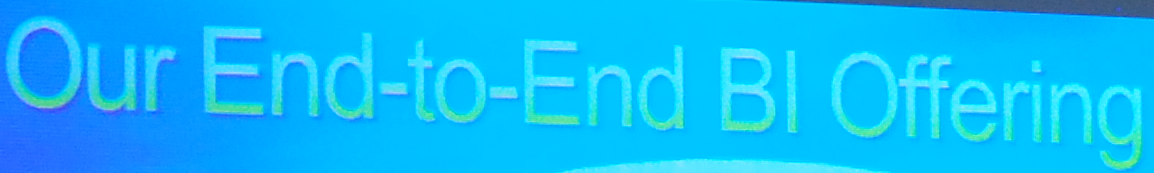
Our End-to-End Bl Offering